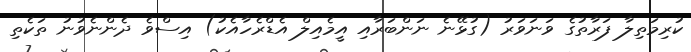
ކުރިމަތިލާ ފަރާތުގެ ވަނަވަރު (ގުޅޭނެ ނަންބަރާއި އީމެއިލް އެޑްރެހާއެކު) އިސްވެ ދެންނެވުނު ތަކެތި